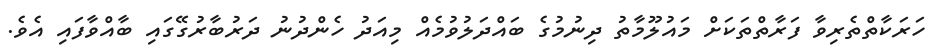
ހަރަކާތްތެރިވާ ފަރާތްތަކަށް މައުލޫމާތު ދިނުމުގެ ބައްދަލުވުމެއް މިއަދު ހެންދުނު ދަރުބާރުގޭގައި ބާއްވާފައި އެވެ.